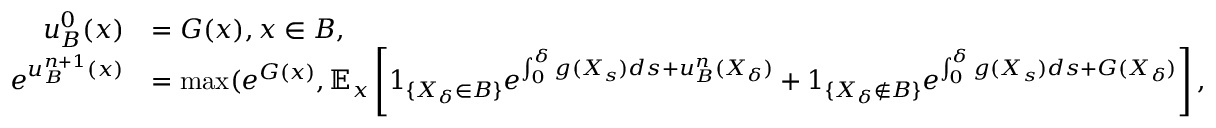
\begin{array} { r l } { u _ { B } ^ { 0 } ( x ) } & { = G ( x ) , x \in B , } \\ { e ^ { u _ { B } ^ { n + 1 } ( x ) } } & { = \operatorname* { m a x } ( e ^ { G ( x ) } , \mathbb { E } _ { x } \left[ 1 _ { \{ X _ { \delta } \in B \} } e ^ { \int _ { 0 } ^ { \delta } g ( X _ { s } ) d s + u _ { B } ^ { n } ( X _ { \delta } ) } + 1 _ { \{ X _ { \delta } \notin B \} } e ^ { \int _ { 0 } ^ { \delta } g ( X _ { s } ) d s + G ( X _ { \delta } ) } \right] , } \end{array}